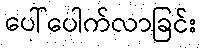
ပေါ်ပေါက်လာခြင်း